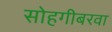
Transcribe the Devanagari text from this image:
सोहगीबरवा